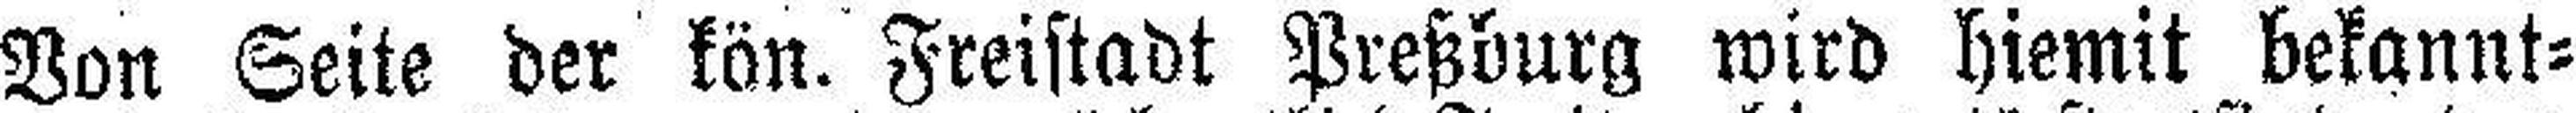
Von Seite der kön. Freistadt Preßburg wird hiemit bekannt¬